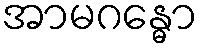
အာမဂန္ဓော